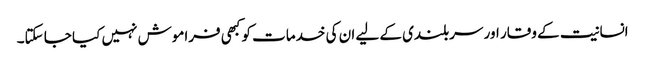
انسانیت کے وقار اور سربلندی کے لیے ان کی خدمات کو کبھی فراموش نہیں کیا جا سکتا۔